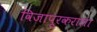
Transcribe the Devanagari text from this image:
विजापूरकराला